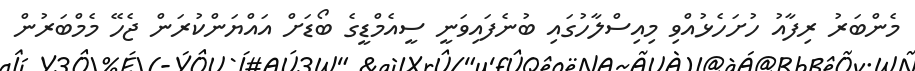
މެންބަރު ރިފާއު ހުށަހެޅުއްވި މިއިސްލާހުގައި ބުނެފައިވަނީ ސީއެމްޑީގެ ބޯޑަށް އައްޔަންކުރަން ޖެހޭ މެމްބަރުން